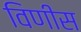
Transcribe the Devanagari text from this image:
विणीस